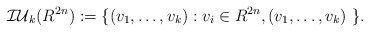
\begin{align*}\mathcal{IU}_{k}(R^{2n}) := \{ (v_{1}, \dots, v_{k}) : v_{i} \in R^{2n}, (v_{1}, \dots, v_{k}) \,\, \}.\end{align*}